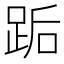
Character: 𰸋